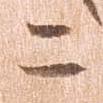
に